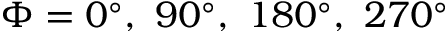
\Phi = 0 ^ { \circ } , \ 9 0 ^ { \circ } , \ 1 8 0 ^ { \circ } , \ 2 7 0 ^ { \circ }